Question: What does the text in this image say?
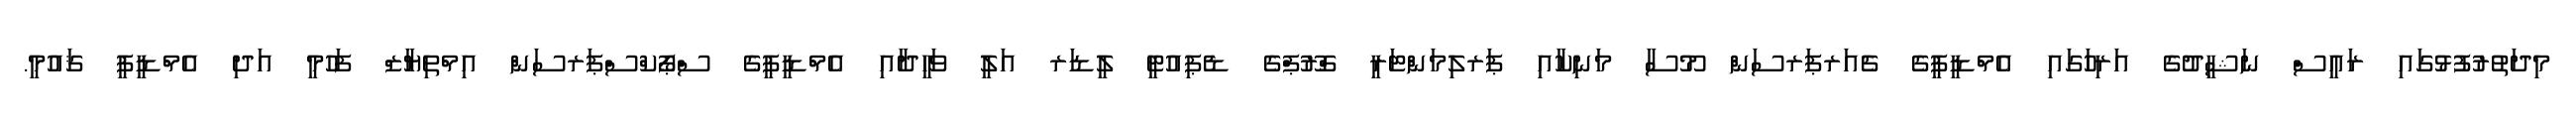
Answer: މިދަތުރުފުޅުގައި ރައީސް ނަޝީދުގެ އަރިހުަގައި އެމްޑީޕީގެ ޗެއަރޕަރސަން މޫސާ މަނިކާއި ޕަރލިމަންޓަރީ ގްރޫޕްގެ ޑެޕިއުޓީ ލީޑަރ އަލީ ވަހީދާއި އެމްޑީޕީގެ ސްޕޯކްސްޕަރސަން އިމްތިޔާޒް ފަހުމީ އަދި އެމްޑީޕީ ޤައުމީ.